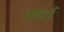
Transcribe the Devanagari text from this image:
चार्टा